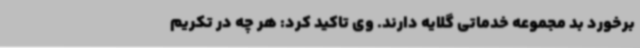
برخورد بد مجموعه خدماتی گلایه دارند. وی تاکید کرد: هر چه در تکریم